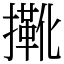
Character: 𢶤